Annual report of the Punjab Veterinary College and of the Civil Veterinary Department, Punjab - 1920-1925
Year: 1920
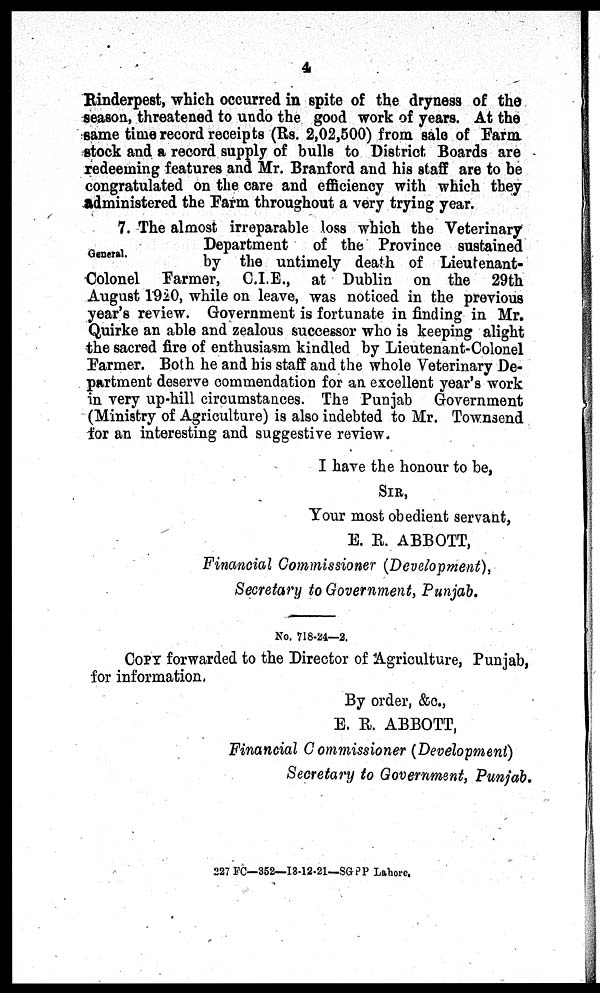
4
Rinderpest, which occurred in spite of the dryness of the
season, threatened to undo the good work of years. At the
same time record receipts (Rs. 2,02,500) from sale of Farm
stock and a record supply of bulls to District Boards are
redeeming features and Mr. Branford and his staff are to be
congratulated on the care and efficiency with which they
administered the Farm throughout a very trying year.
General.
7. The almost irreparable loss which the Veterinary
Department
of the Province sustained
by the untimely death of Lieutenant-
Colonel Farmer, C.I.E., at Dublin on the 29th
August 1920, while on leave, was noticed in the previous
year's review. Government is fortunate in finding in Mr.
Quirke an able and zealous successor who is keeping alight
the sacred fire of enthusiasm kindled by Lieutenant-Colonel
Farmer. Both he and his staff and the whole Veterinary De-
partment deserve commendation for an excellent year's work
in very up-hill circumstances. The Punjab Government
(Ministry of Agriculture) is also indebted to Mr. Townsend
for an interesting and suggestive review.
I have the honour to be,
SIR,
Your most obedient servant,
E. R. ABBOTT,
Financial Commissioner (Development),
Secretary to Government, Punjab.
No. 718-24—2.
COPY forwarded to the Director of Agriculture, Punjab,
for information.
By order, &c.,
E. R. ABBOTT,
Financial Commissioner (Development)
Secretary to Government, Punjab.
227 FC—352—13-12-21—SGPP Lahore.